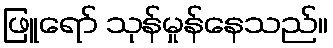
ဖြူရော် သုန်မှုန်နေသည်။